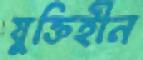
যুক্তিহীন